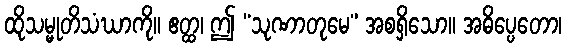
ထိုသမ္မုတိသံဃာကို။ ဧတ္ထ၊ ဤ “သုဏာတုမေ” အစရှိသော။ အဓိပ္ပေတော၊